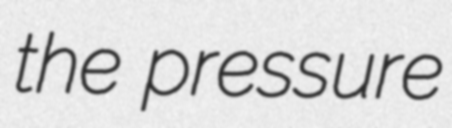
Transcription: the pressure